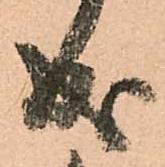
成